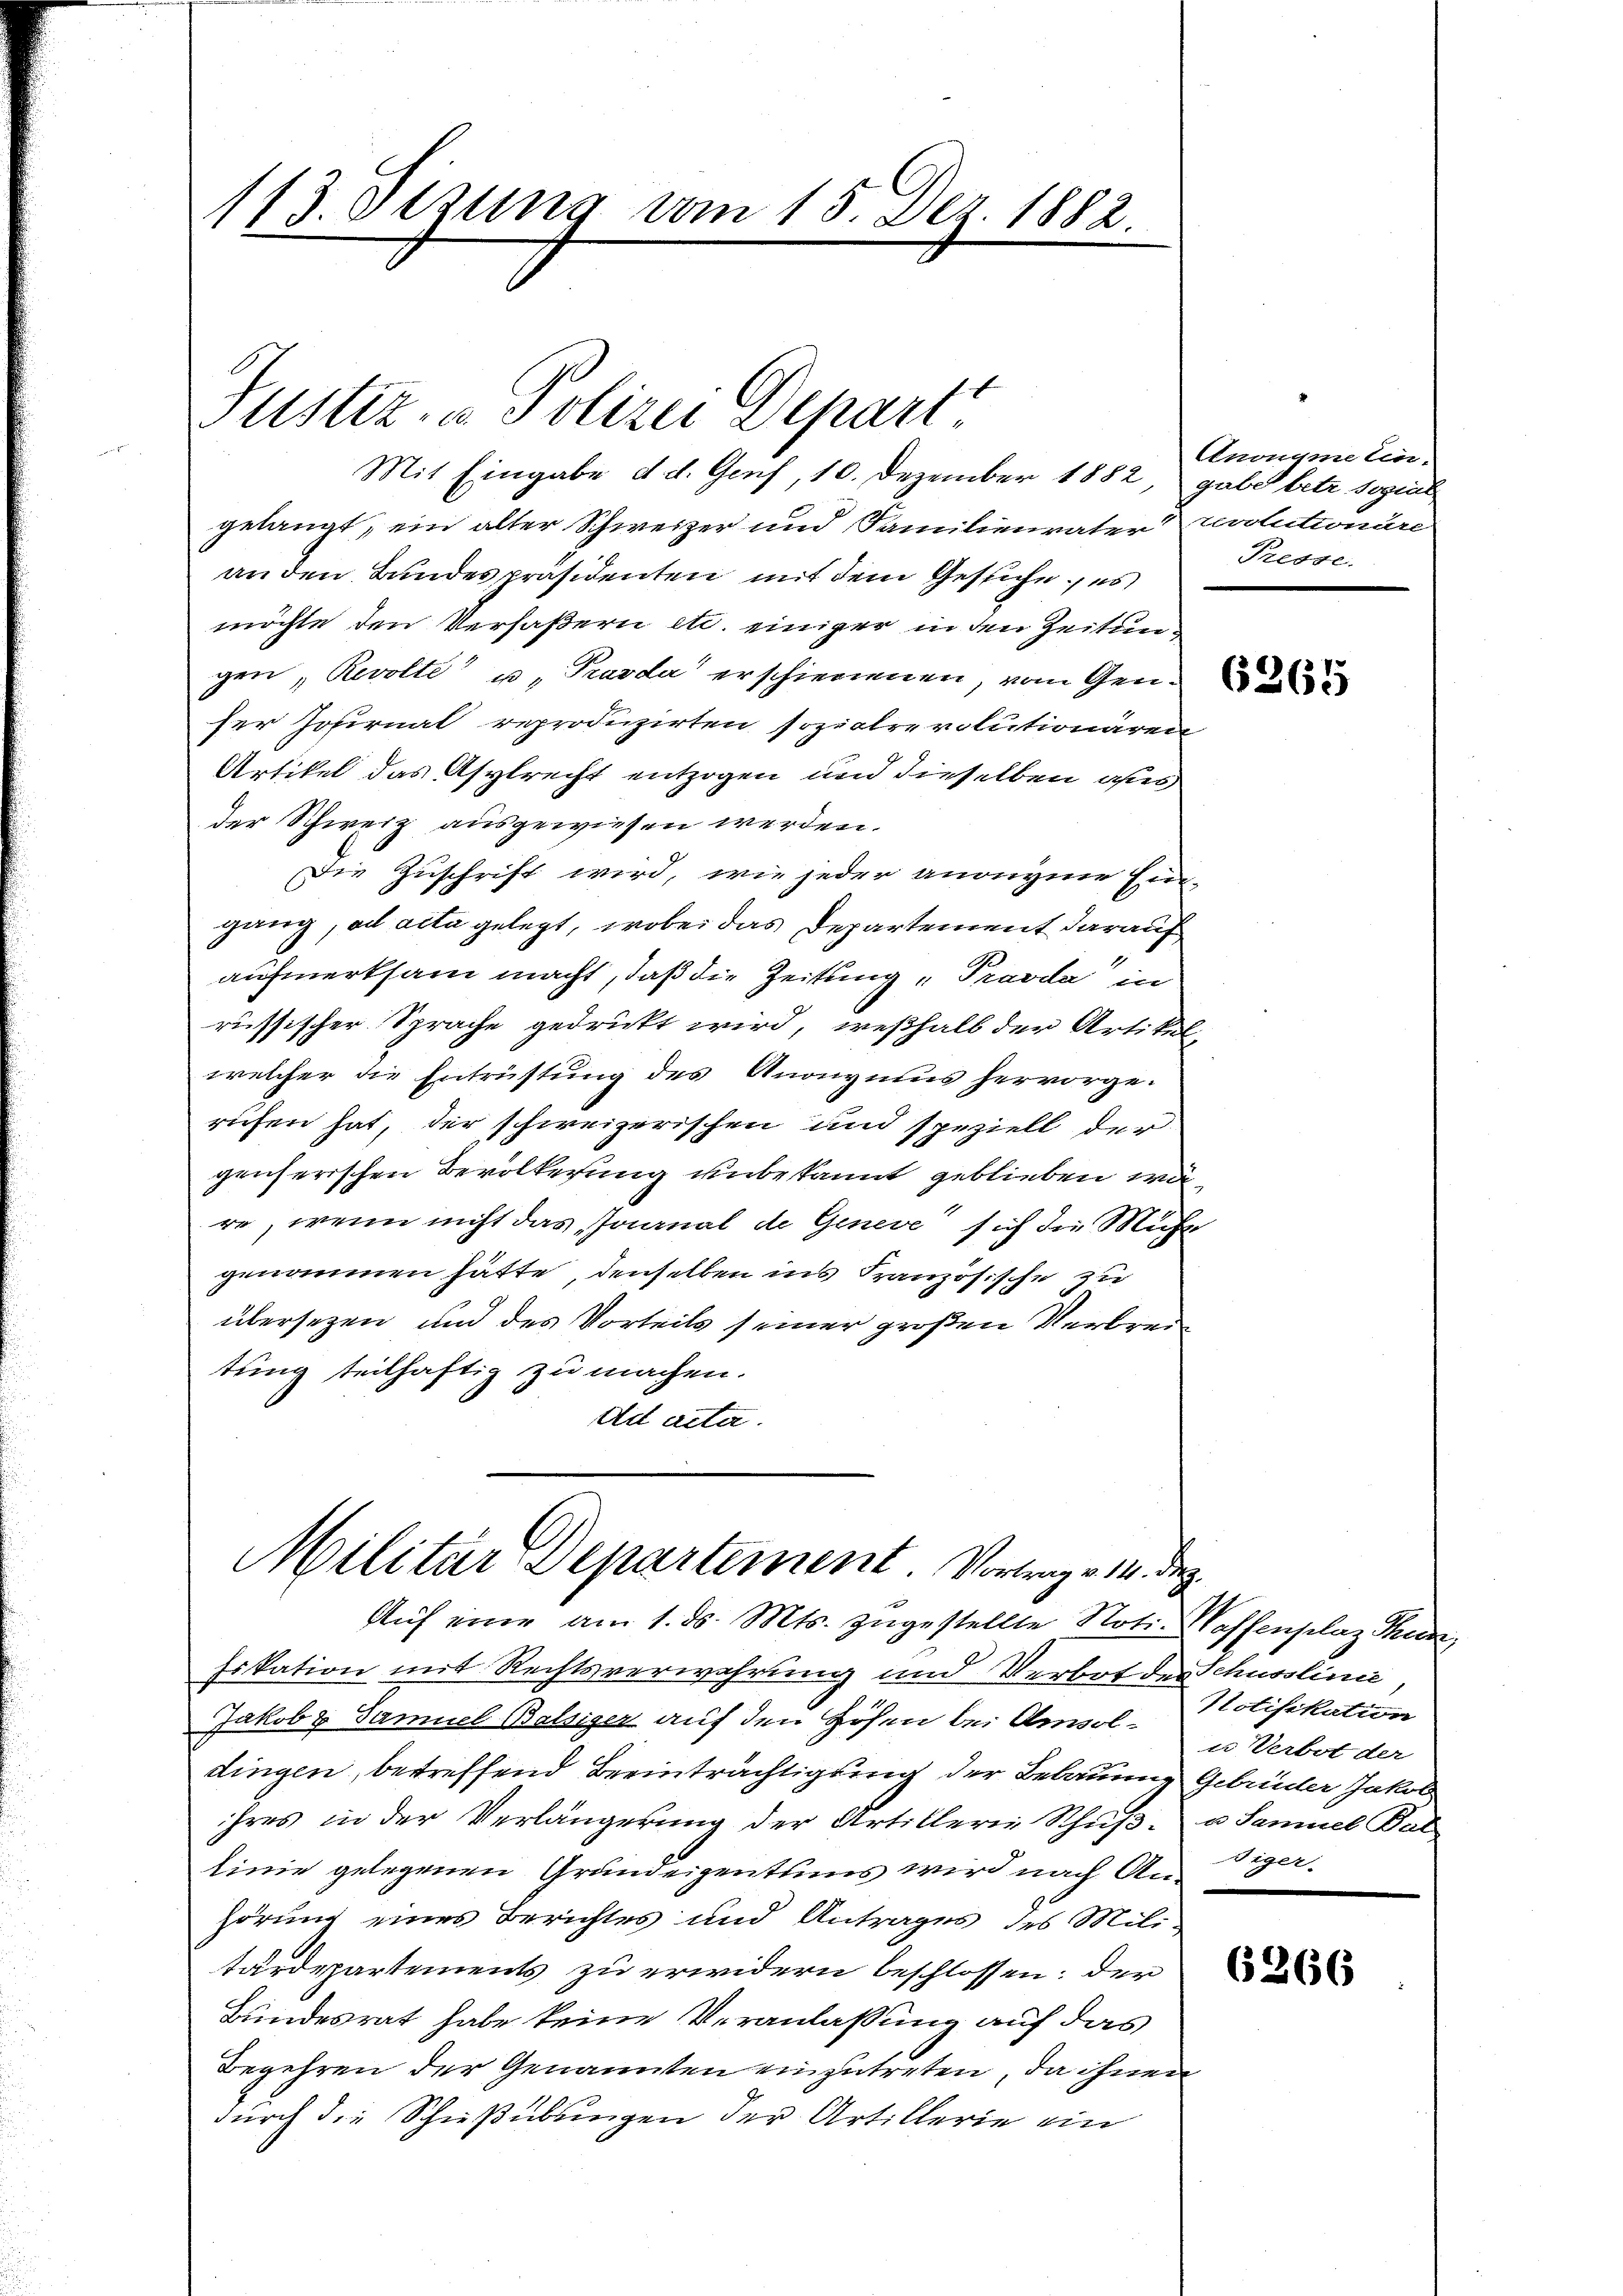
113. Dezung vom 15. Dez. 1882.

Justiz- u. Polizei Depart

Mit Eingabe d. d. Genf, 10. Dezember 1882, gabe betr sozial
gelangt, ein alter Schweizer und Familienvater revolutionäre
an den Bundespräsidenten mit dem Gesuche, es
möchte den Verfaßern etc. einiger in den Zeitungen, Revolte u. Karda erschienenen, vom Gen
ser Johirnal reproduzirten sozialrevolutionären
Artikel das Asylrecht entzogen und dieselben aus
der Schweiz ausgewiesen werden.
Die Zuschrift wird, wie jeder anonyme Ein-
gang, ad acta gelegt, wobei das Departement darauf
aufmerksam macht, daß die Zeitung "Pravda in
russischer Sprache gedruckt wird, weßhalb der Artikel-
welcher die Entrüstung des Anonymus hervorgerufen hat, der schweizerischen und speziell der
genserischen Bevölkerung unbekannt geblieben wäre, wenn nicht das Journal de Geneve sich die Mühl
genommen hätte, denselben ins Französische zu
übersetzen und des Vorteils seiner großen Verbreitung teilhaftig zu machen.
Ad acta.

Militär-Departement. Vortrag v. 14. Dez.
Auf eine am 1. ds. Mts. zugestellte Noti- Waffenplaz Thun,

fikation mit Rechtsverwahrung und Verbot der Schusslinie
Jakob & Samuel Balsiger auf den Höhen bei Ansoldingen, betreffend Beeinträchtigung der Bebauung Gebrüder Jakob
ihres in der Verlängerung der Artillerie Schŭβ- u Samuel Bal
linie gelegenen Grundeigentums wird nach Anhörung eines Berichtes und Antrages des Mili-
tärdepartements zu erwidern beschlossen; der
Bundesrat habe keine Veranlaßung auf das
Begehren der Genannten einzutreten, da ihnen
durch die Schießübungen der Artillerie ein

Anonyme Ein-
Presse.

Notifikation
u Verbot der
Tiger-

6266